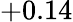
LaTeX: +0.14